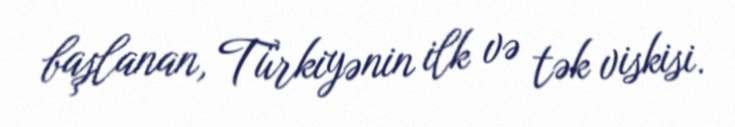
başlanan, Türkiyənin ilk və tək viskisi.